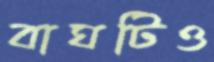
বাঘটিও